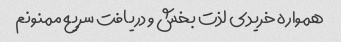
همواره خریدی لذت بخش و دریافت سریع ممنونم